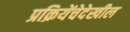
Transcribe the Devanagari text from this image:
प्रक्रियेंचेदेखील